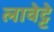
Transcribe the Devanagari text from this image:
लावेट्टे